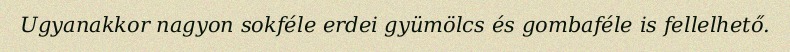
Ugyanakkor nagyon sokféle erdei gyümölcs és gombaféle is fellelhető.